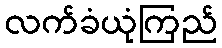
လက်ခံယုံကြည်